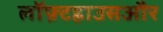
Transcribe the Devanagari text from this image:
लॉफ़्टहाउसऔर